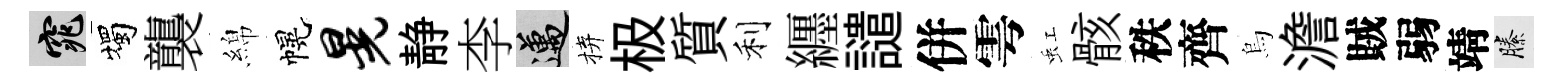
窕燭襲綿幌晃静李邁拚极質利纒譴併雩虹骸秩齊烏澹賊弱靖縢